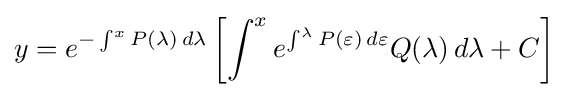
y=e^{-\int ^{x}P(\lambda )\,d\lambda }\left[\int ^{x}e^{\int ^{\lambda }P(\varepsilon )\,d\varepsilon }Q(\lambda )\,d\lambda +C\right]